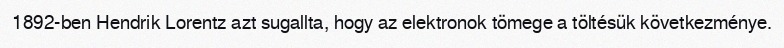
1892-ben Hendrik Lorentz azt sugallta, hogy az elektronok tömege a töltésük következménye.